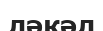
ләкәл